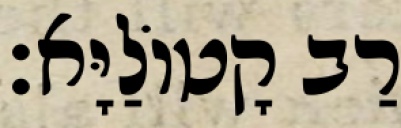
רַב קָטוֹלַיָּא׃